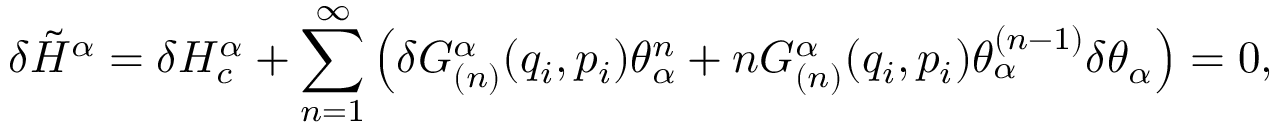
\delta \tilde { H } ^ { \alpha } = \delta H _ { c } ^ { \alpha } + \sum _ { n = 1 } ^ { \infty } \left( \delta G _ { ( n ) } ^ { \alpha } ( q _ { i } , p _ { i } ) \theta _ { \alpha } ^ { n } + n G _ { ( n ) } ^ { \alpha } ( q _ { i } , p _ { i } ) \theta _ { \alpha } ^ { ( n - 1 ) } \delta \theta _ { \alpha } \right) = 0 ,